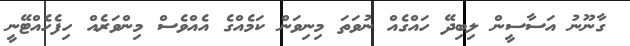
ގާނޫނު އަސާސީން ލިބިދޭ ހައްގެއް ނުވަތަ މިނިވަން ކަމެއްގެ އެއްވެސް މިންވަރެއް ހިފެހެއްޓޭނީ